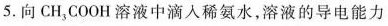
5.向CH_{3}COOH溶液中滴入稀氨水，溶液的导电能力